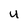
Character: u